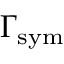
\Gamma _ { \mathrm { s y m } }